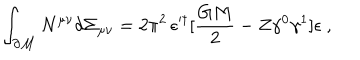
LaTeX: \int _ { \partial { \cal M } } N ^ { \mu \nu } d \Sigma _ { \mu \nu } = 2 \pi ^ { 2 } \, \epsilon ^ { \prime \dagger } [ { \frac { G M } { 2 } } - Z \gamma ^ { 0 } \gamma ^ { 1 } ] \epsilon \ ,